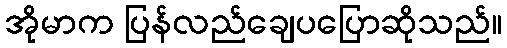
အိုမာက ပြန်လည်ချေပပြောဆိုသည်။